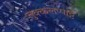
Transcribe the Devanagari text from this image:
तुक्कलप्पाट्ट